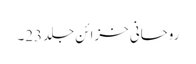
روحانی خزائن جلد23۔